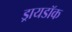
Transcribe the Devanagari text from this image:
ड्रायडॉक